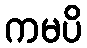
ကမပိ